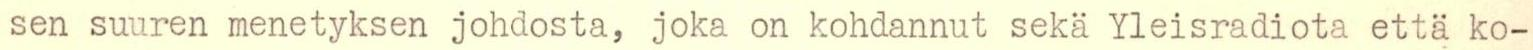
sen suuren menetyksen johdosta, joka on kohdannut sekä Yleisradiota että ko-